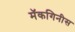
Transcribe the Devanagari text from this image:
मॅकगिनीस